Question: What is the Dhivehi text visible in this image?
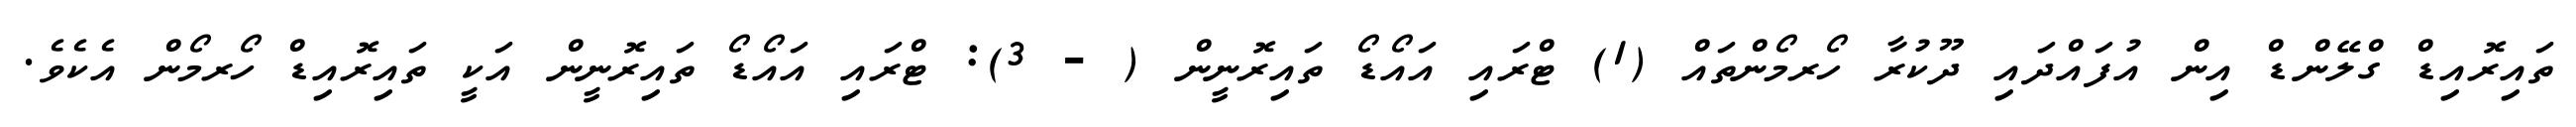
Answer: ތައިރޮއިޑް ގްލޭންޑް އިން އުފައްދައި ދޫކުރާ ހޯރމޯންތައް (1) ޓްރައި އައޯޑޯ ތައިރޮނީން ( - 3): ޓްރައި އައޯޑޯ ތައިރޮނީން އަކީ ތައިރޮއިޑް ހޯރމޯން އެކެވެ.